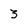
Character: 3